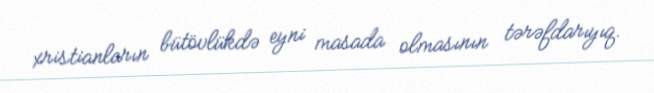
xristianların bütövlükdə eyni masada olmasının tərəfdarıyıq.